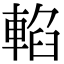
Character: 輡